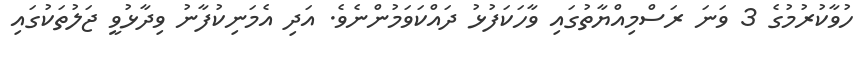
ހުވާކުރުމުގެ 3 ވަނަ ރަސްމިއްޔާތުގައި ވާހަކަފުޅު ދައްކަވަމުންނެވެ. އަދި އެމަނިކުފާނު ވިދާޅުވީ ޖަލުތަކުގައި